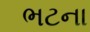
ભટના